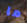
ما